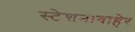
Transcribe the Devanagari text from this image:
स्टेशनाबाहेर